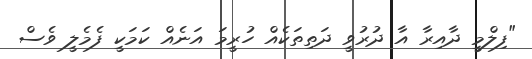
"ފިލްމީ ދާއިރާ އާ ދުރުވީ ދަތިތަކެއް ހުރީމަ އަނެއް ކަމަކީ ފެމެލީ ވެސް